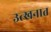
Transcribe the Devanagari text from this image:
उत्खनात